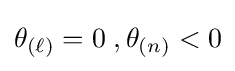
\theta _{(\ell )}=0\;,\theta _{(n)}<0